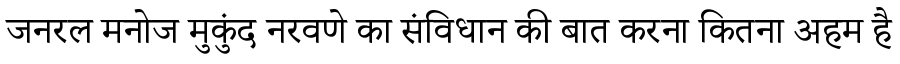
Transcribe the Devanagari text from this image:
जनरल मनोज मुकुंद नरवणे का संविधान की बात करना कितना अहम है